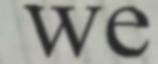
we